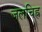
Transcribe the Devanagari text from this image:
जलचिह्न